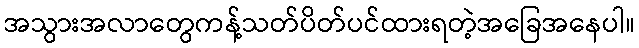
အသွားအလာတွေကန့်သတ်ပိတ်ပင်ထားရတဲ့အခြေအနေပါ။